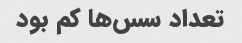
تعداد سس‌ها کم بود